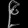
Digit: ၉